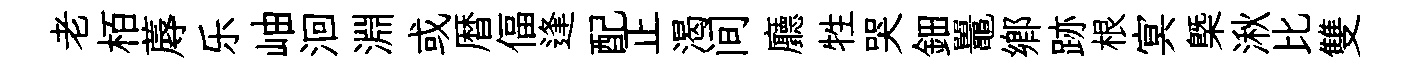
老栢蓐乐岫洄淵或暦偪逢配正渴间廳牲哭鈿鼉鄉跡根㝠㮣湫比雙